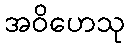
အဝိဟေသု